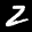
Label: 2